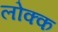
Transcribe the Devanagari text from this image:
लोक्क